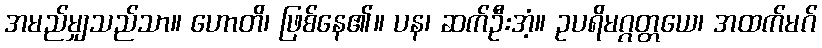
အမည်မျှသည်သာ။ ဟောတိ၊ ဖြစ်နေ၏။ ပန၊ ဆက်ဦးအံ့။ ဥပရိမဂ္ဂတ္တယေ၊ အထက်မဂ်